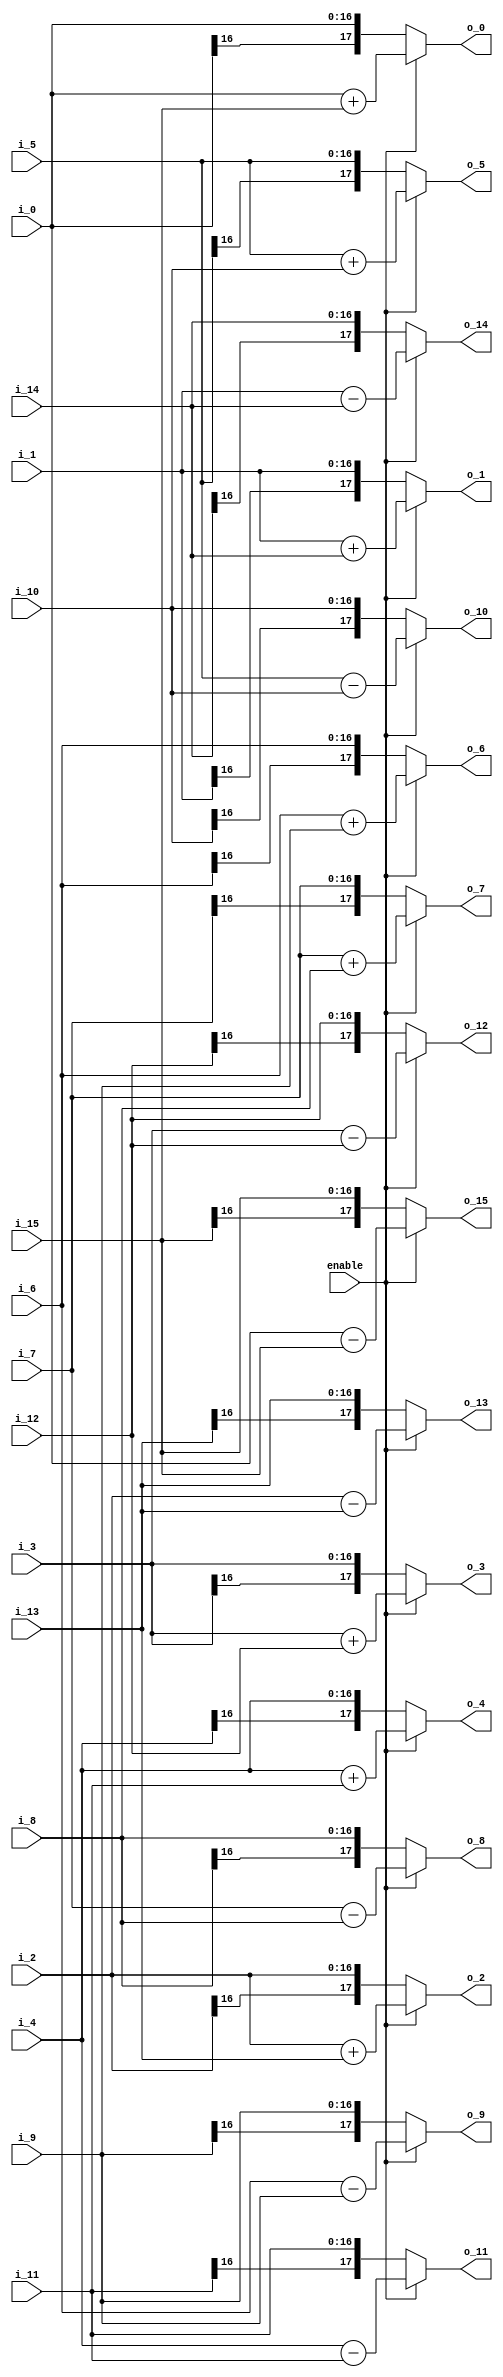
module butterfly1_16(
             enable,
                i_0,
                i_1,
                i_2,
                i_3,
                i_4,
                i_5,
                i_6,
                i_7,
                i_8,
                i_9,
                i_10,
                i_11,
                i_12,
                i_13,
                i_14,
                i_15,
                
                 o_0,
                 o_1,
                 o_2,
                 o_3,
                 o_4,
                 o_5,
                 o_6,
                 o_7,
                 o_8 ,
                 o_9 ,
                 o_10,
                 o_11,
                 o_12,
                 o_13,
                 o_14,
                 o_15            
);

// ****************************************************************
//
//	INPUT / OUTPUT DECLARATION
//
// ****************************************************************                

input             enable;
input signed  [16:0] i_0;
input signed  [16:0] i_1;
input signed  [16:0] i_2;
input signed  [16:0] i_3;
input signed  [16:0] i_4;
input signed  [16:0] i_5;
input signed  [16:0] i_6;
input signed  [16:0] i_7;
input signed  [16:0] i_8;
input signed  [16:0] i_9;
input signed  [16:0] i_10;
input signed  [16:0] i_11;
input signed  [16:0] i_12;
input signed  [16:0] i_13;
input signed  [16:0] i_14;
input signed  [16:0] i_15;


output  signed [17:0] o_0 ;
output  signed [17:0] o_1 ;
output  signed [17:0] o_2 ;
output  signed [17:0] o_3 ;
output  signed [17:0] o_4 ;
output  signed [17:0] o_5 ;
output  signed [17:0] o_6 ;
output  signed [17:0] o_7 ;
output  signed [17:0] o_8 ;
output  signed [17:0] o_9 ;
output  signed [17:0] o_10;
output  signed [17:0] o_11;
output  signed [17:0] o_12;
output  signed [17:0] o_13;
output  signed [17:0] o_14;
output  signed [17:0] o_15;


// ****************************************************************
//
//	WIRE DECLARATION
//
// ****************************************************************

wire  signed [17:0]   b_0;
wire  signed [17:0]   b_1;
wire  signed [17:0]   b_2;
wire  signed [17:0]   b_3;
wire  signed [17:0]   b_4;
wire  signed [17:0]   b_5;
wire  signed [17:0]   b_6;
wire  signed [17:0]   b_7;
wire  signed [17:0]   b_8;
wire  signed [17:0]   b_9;
wire  signed [17:0]   b_10;
wire  signed [17:0]   b_11;
wire  signed [17:0]   b_12;
wire  signed [17:0]   b_13;
wire  signed [17:0]   b_14;
wire  signed [17:0]   b_15;


// ********************************************
//                                             
//    Combinational Logic                      
//                                             
// ********************************************

assign b_0=i_0+i_15;
assign b_1=i_1+i_14;
assign b_2=i_2+i_13;
assign b_3=i_3+i_12;
assign b_4=i_4+i_11;
assign b_5=i_5+i_10;
assign b_6=i_6+i_9;
assign b_7=i_7+i_8;
assign b_8=i_7-i_8;               
assign b_9=i_6-i_9;
assign b_10=i_5-i_10;               
assign b_11=i_4-i_11;
assign b_12=i_3-i_12;               
assign b_13=i_2-i_13;
assign b_14=i_1-i_14;               
assign b_15=i_0-i_15;

assign o_0=enable?b_0:i_0;
assign o_1=enable?b_1:i_1;
assign o_2=enable?b_2:i_2;
assign o_3=enable?b_3:i_3;
assign o_4=enable?b_4:i_4;
assign o_5=enable?b_5:i_5;
assign o_6=enable?b_6:i_6;
assign o_7=enable?b_7:i_7;
assign o_8=enable?b_8:i_8;
assign o_9=enable?b_9:i_9;
assign o_10=enable?b_10:i_10;
assign o_11=enable?b_11:i_11;
assign o_12=enable?b_12:i_12;
assign o_13=enable?b_13:i_13;
assign o_14=enable?b_14:i_14;
assign o_15=enable?b_15:i_15;

endmodule